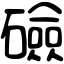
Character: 礆